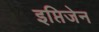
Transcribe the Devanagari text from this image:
इप्तिजेन